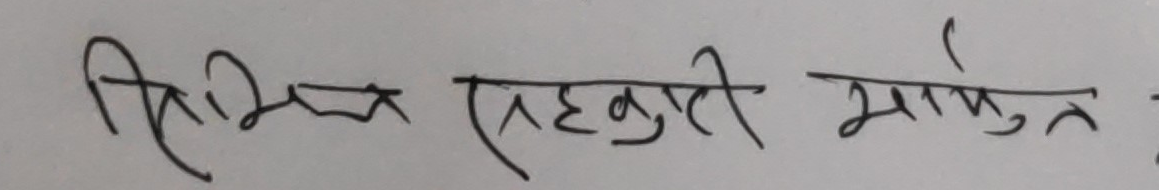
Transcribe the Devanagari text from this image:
निभिन्न सहकारी मार्फत